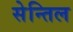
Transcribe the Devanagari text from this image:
सेन्तिल